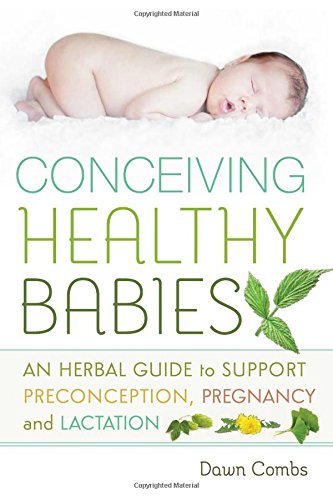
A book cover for Conceiving Healthy Babies: An Herbal Guide to Support Preconception, Pregnancy and Lactation; Dawn Combs; Parenting & Relationships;